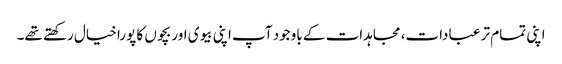
اپنی تمام تر عبادات، مجاہدات کے باوجود آپ اپنی بیوی اور بچوں کا پورا خیال رکھتے تھے۔